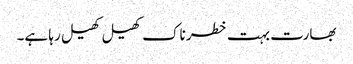
بھارت بہت خطرناک کھیل کھیل رہا ہے۔